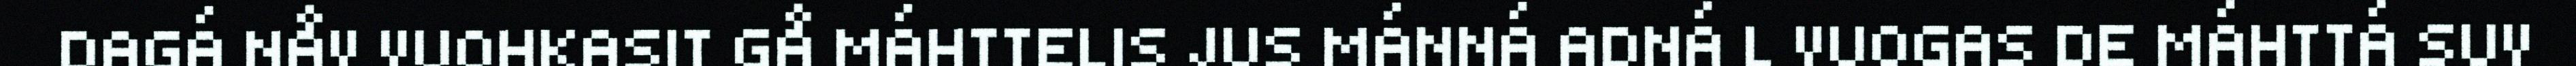
DAGÁ NÅV VUOHKASIT GÅ MÁHTTELIS JUS MÁNNÁ ADNÁ L VUOGAS DE MÁHTTÁ SUV